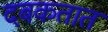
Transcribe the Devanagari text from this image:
दबकतात